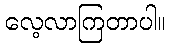
လေ့လာကြတာပါ။